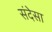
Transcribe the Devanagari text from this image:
संदेसा